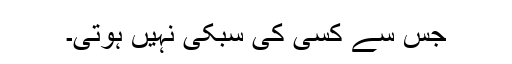
جس سے کسی کی سبکی نہیں ہوتی۔